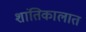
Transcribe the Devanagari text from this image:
शांतिकालात